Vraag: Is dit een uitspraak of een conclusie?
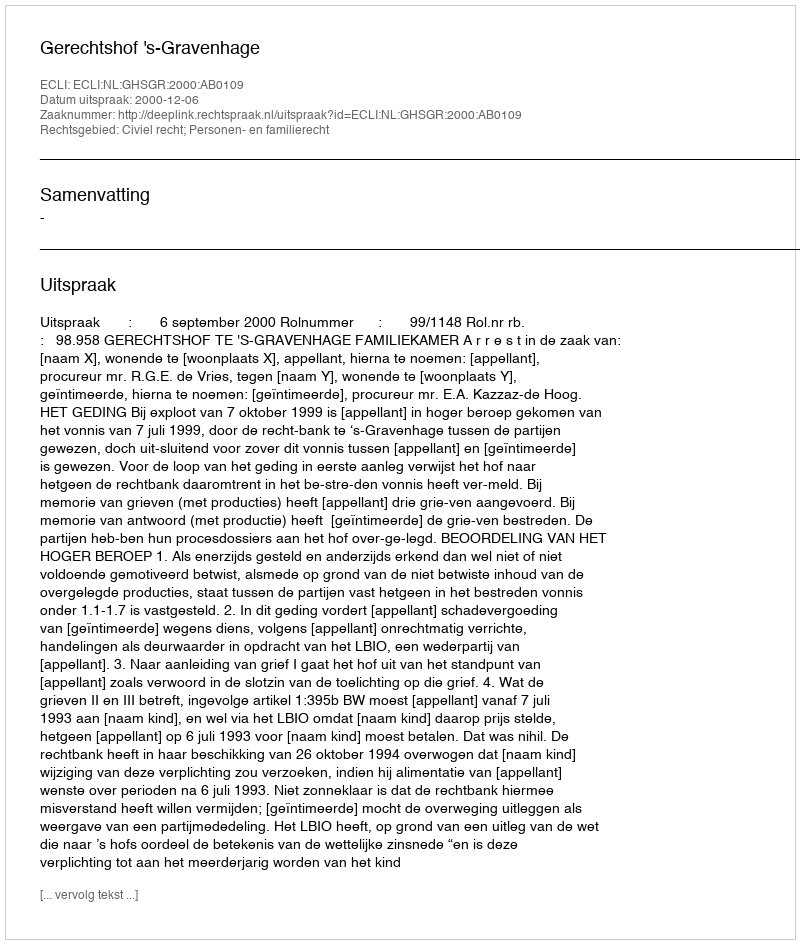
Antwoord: Uitspraak